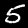
Digit: 5